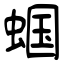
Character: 蝈